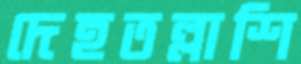
দেহতল্লাশি